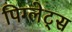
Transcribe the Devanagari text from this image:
पिग्लेट्स